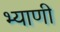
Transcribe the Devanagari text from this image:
भ्याणी